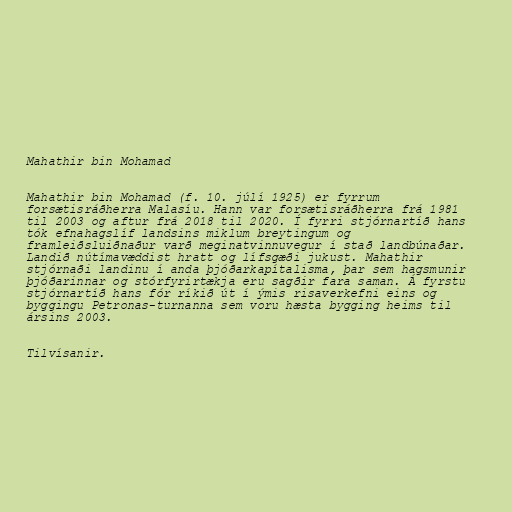
Mahathir bin Mohamad

Mahathir bin Mohamad (f. 10. júlí 1925) er fyrrum
forsætisráðherra Malasíu. Hann var forsætisráðherra frá 1981
til 2003 og aftur frá 2018 til 2020. Í fyrri stjórnartíð hans
tók efnahagslíf landsins miklum breytingum og
framleiðsluiðnaður varð meginatvinnuvegur í stað landbúnaðar.
Landið nútímavæddist hratt og lífsgæði jukust. Mahathir
stjórnaði landinu í anda þjóðarkapítalisma, þar sem hagsmunir
þjóðarinnar og stórfyrirtækja eru sagðir fara saman. Á fyrstu
stjórnartíð hans fór ríkið út í ýmis risaverkefni eins og
byggingu Petronas-turnanna sem voru hæsta bygging heims til
ársins 2003.

Tilvísanir.